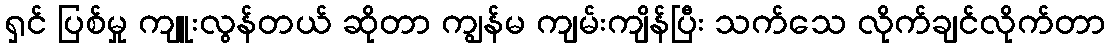
ရှင် ပြစ်မှု ကျူးလွန်တယ် ဆိုတာ ကျွန်မ ကျမ်းကျိန်ပြီး သက်သေ လိုက်ချင်လိုက်တာ